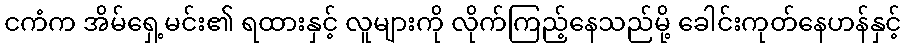
ငကံက အိမ်ရှေ့မင်း၏ ရထားနှင့် လူများကို လိုက်ကြည့်နေသည်မို့ ခေါင်းကုတ်နေဟန်နှင့်